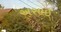
અસાઇ